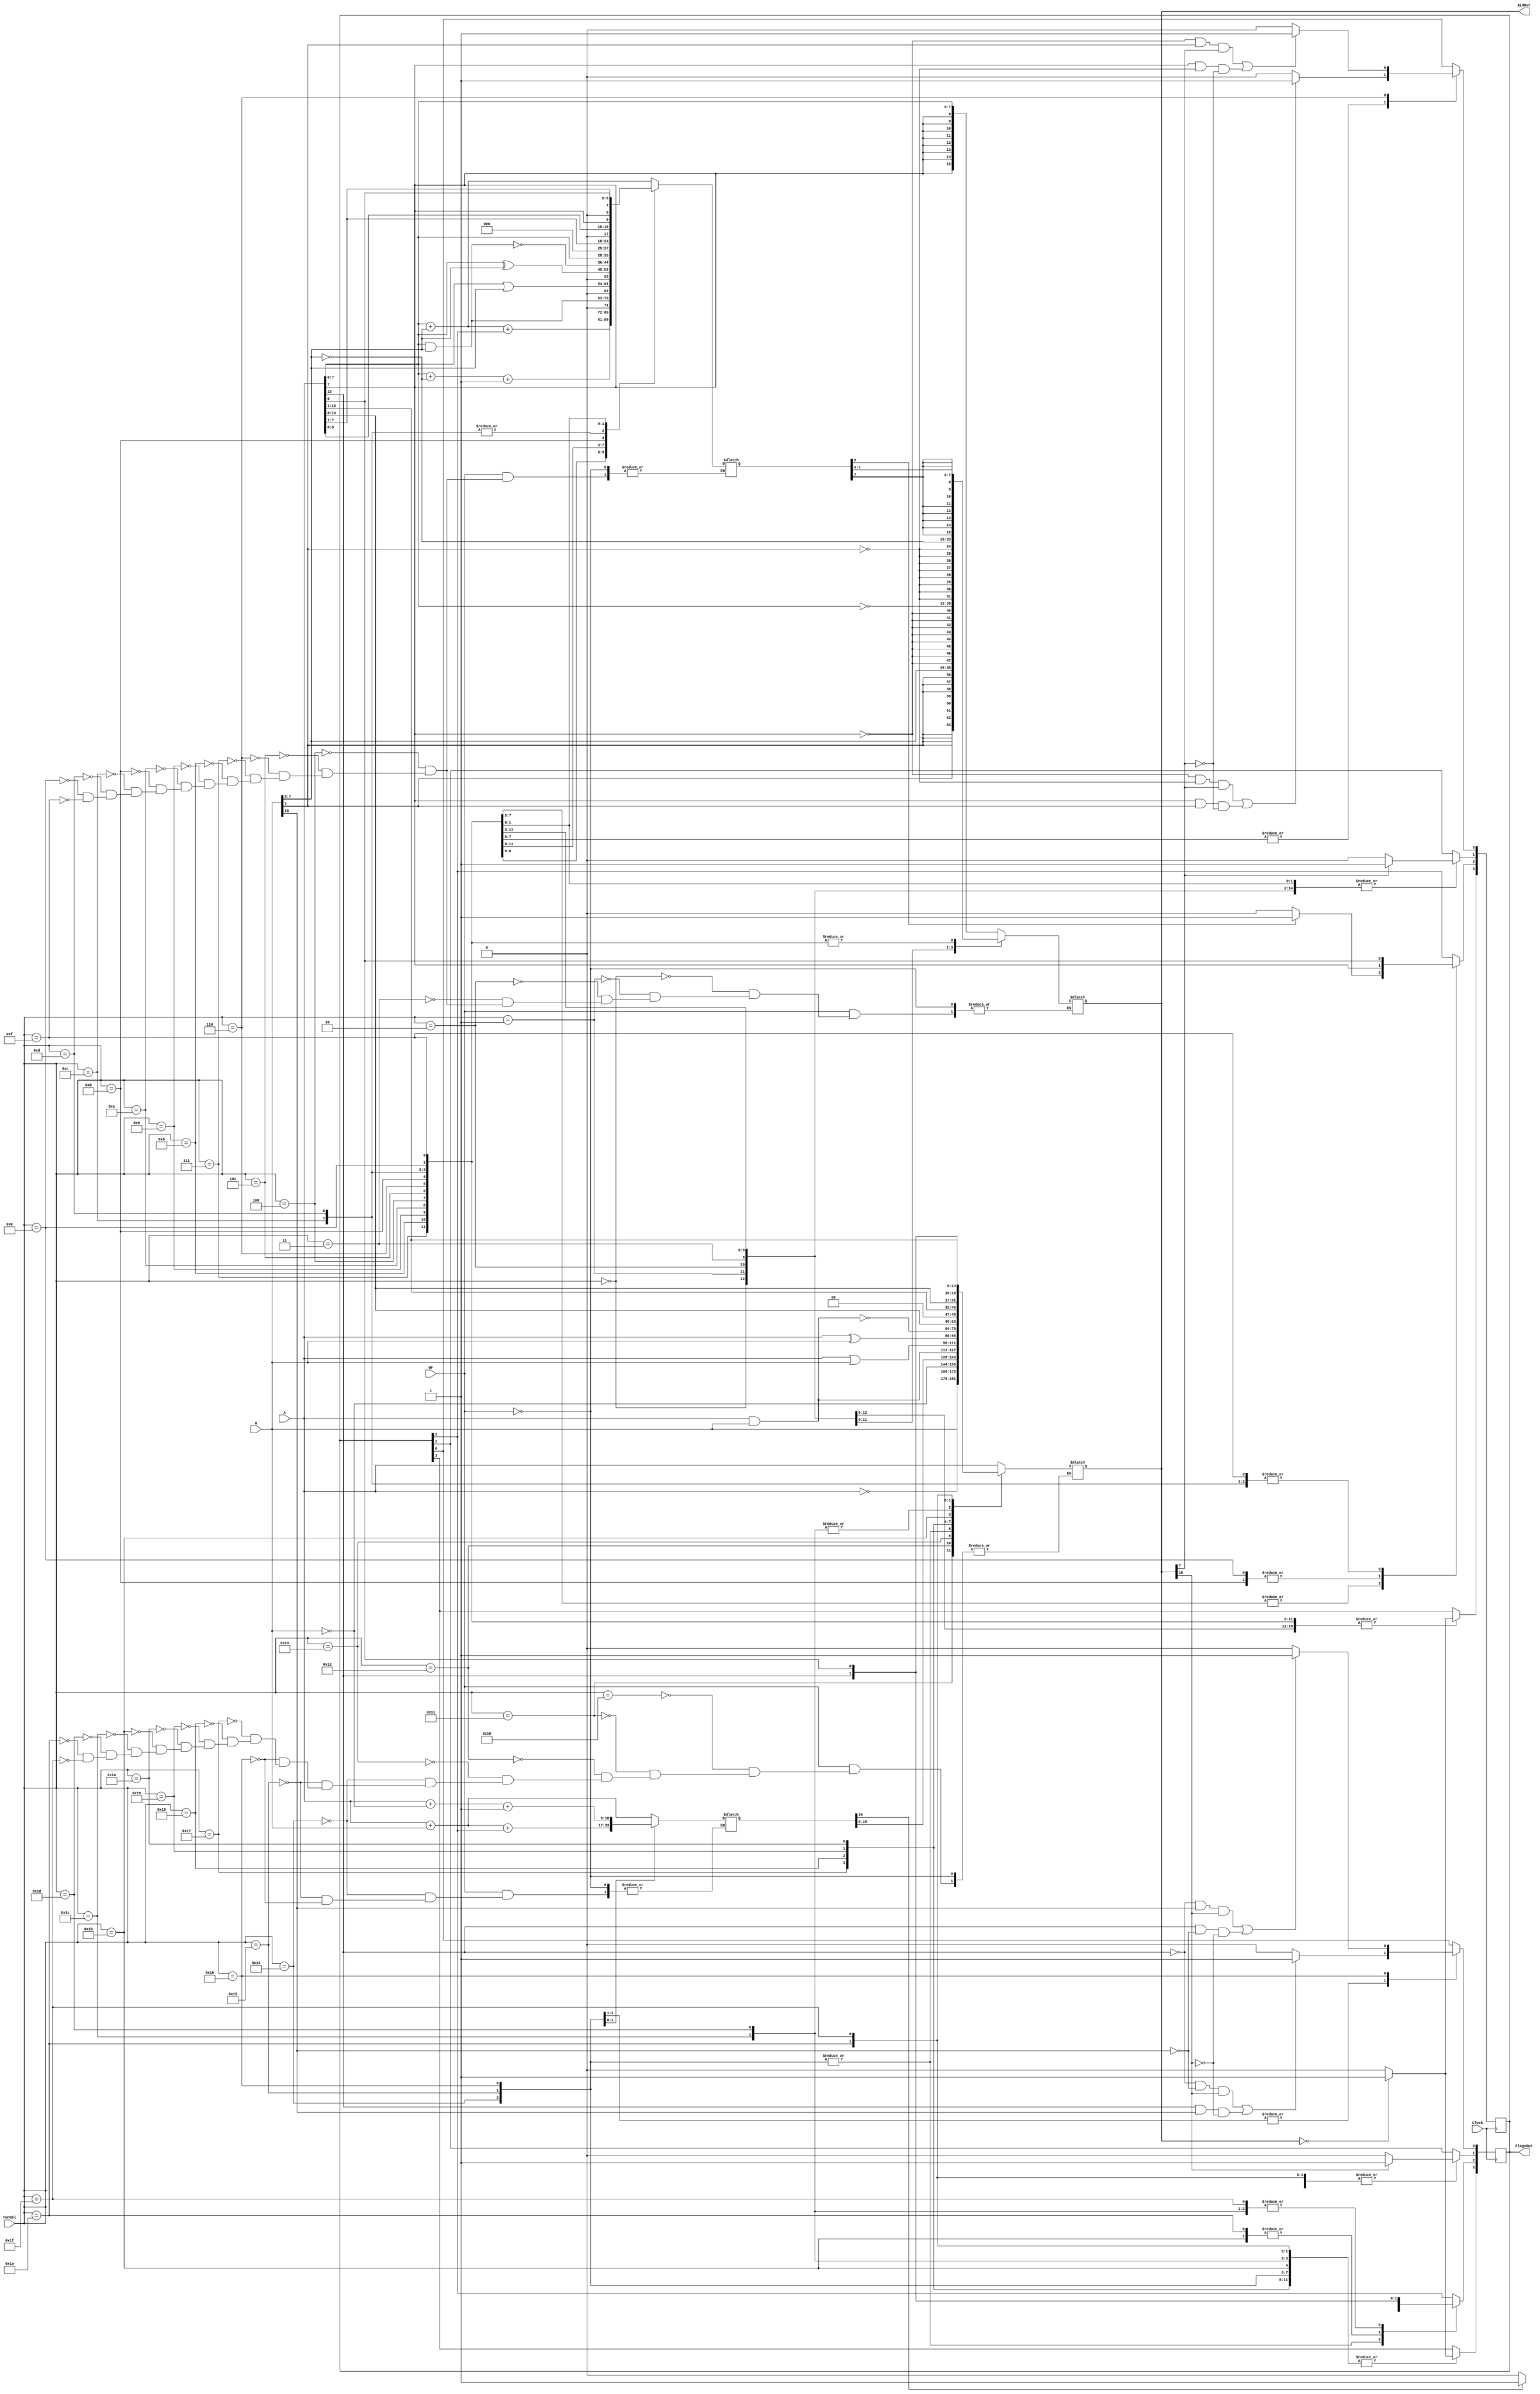
`timescale 1ns / 1ps
//////////////////////////////////////////////////////////////////////////////////
// Company: 
// Engineer: 
// 
// Design Name: 
// Module Name: ALU
// Project Name: 
// Target Devices: 
// Tool Versions: 
// Description: 
// 
// Dependencies: 
// 
// Revision:
// Revision 0.01 - File Created
// Additional Comments:
// 
//////////////////////////////////////////////////////////////////////////////////


module ArithmeticLogicUnit(
 input Clock,
 input [15:0] A,
 input [15:0] B,
 input [4:0] FunSel,
 input WF,
 output reg [3:0] FlagsOut,
 output reg [15:0] ALUOut
);

// 16 BT ALU WIRE DESIGN 

reg [16:0] TEMP;

wire [16:0] A_TEMP;
assign A_TEMP = {1'b0, A};

wire [16:0] B_TEMP;
assign B_TEMP = {1'b0, B};

wire [16:0] NOTB_TEMP;
assign NOTB_TEMP = {1'b0, ~B};

// 8 BT ALU WIRE DESIGN
wire [7:0] A8;
wire [7:0] B8;

assign A8 = A[7:0];
assign B8 = B[7:0];

reg [8:0] TEMP8;

wire [8:0] A_TEMP8;
assign A_TEMP8 = {1'b0, A8};

wire [8:0] B_TEMP8;
assign B_TEMP8 = {1'b0, B8};

wire [8:0] NOTB_TEMP8;
assign NOTB_TEMP8 = {1'b0, ~B8};


always @(*) begin
    if(WF) begin
    case (FunSel)
    // 8 bit ALUOut
        5'b00000: ALUOut <= {{8{A8[7]}}, A8[7:0]};
        5'b00001: ALUOut <= {{8{B8[7]}}, B8[7:0]};
        5'b00010: ALUOut <= {{8{~A8[7]}}, ~A8[7:0]};
        5'b00011: ALUOut <= {{8{~B8[7]}}, ~B8[7:0]};
        5'b00100: begin
         TEMP8 <= A_TEMP8 + B_TEMP8;
         ALUOut <= {{8{TEMP8[7]}}, TEMP8[7:0]};
         end
         
        5'b00101: begin
        TEMP8 <= A_TEMP8 + B_TEMP8 + FlagsOut[2];
        ALUOut <= {{8{TEMP8[7]}}, TEMP8[7:0]};
        end
        
        5'b00110: begin
         TEMP8 <= A_TEMP8 + NOTB_TEMP8 + 1;
         ALUOut <= {{8{TEMP8[7]}}, TEMP8[7:0]};
         end
        
        5'b00111: begin
            TEMP8 <= A8 & B8;
            ALUOut <= {{8{TEMP8[7]}}, TEMP8[7:0]};
        end

        5'b01000: begin
            TEMP8 <= A8 | B8;
            ALUOut <= {{8{TEMP8[7]}}, TEMP8[7:0]};
        end

        5'b01001:begin
            TEMP8 <= A8 ^ B8;
            ALUOut <= {{8{TEMP8[7]}}, TEMP8[7:0]};
        end
        5'b01010: begin
            TEMP8 <= ~(A8 & B8);
            ALUOut <= {{8{TEMP8[7]}}, TEMP8[7:0]};
        end
        
        5'b01011:begin
             TEMP8 <= A8 << 1; //LSLA
                ALUOut <= {{8{TEMP8[7]}}, TEMP8[7:0]};
        end

        5'b01100:begin
             TEMP8 <= A8 >> 1; //LSRA
                ALUOut <= {{8{TEMP8[7]}}, TEMP8[7:0]};
        end

        5'b01101:begin 
            TEMP8 <= A8 >>> 1; //ASRA
            ALUOut <= {{8{TEMP8[7]}}, TEMP8[7:0]};
        end

        5'b01110: begin //CSLA
            TEMP8 <= {A[6:0], A[7]};
            ALUOut <= {{8{TEMP8[7]}}, TEMP8[7:0]};
        end
        
        5'b01111: begin  //CSRA
            TEMP8 <= {A[0], A[7:1]};
            ALUOut <= {{8{TEMP8[7]}}, TEMP8[7:0]};
        end  
    endcase
end
end

always @(posedge Clock) begin
    case (FunSel)
    
    5'b00000: begin // Z,N
        if(ALUOut == 15'b0) FlagsOut[3] <= 1'b1;
        else FlagsOut[3] <= 1'b0;
        
        if(ALUOut[7] == 1) FlagsOut[1] <= 1'b1;
        else FlagsOut[1] <= 1'b0;
 
    end
    
    5'b00001: begin  // Z,N
        if(ALUOut == 15'b0) FlagsOut[3] <= 1'b1;
        else FlagsOut[3] <= 1'b0;
            
        if(ALUOut[7] == 1) FlagsOut[1] <= 1'b1;
        else FlagsOut[1] <= 1'b0;
        
      end
        
    5'b00010: begin  // Z,N
        if(ALUOut == 15'b0) FlagsOut[3] <= 1'b1;
        else FlagsOut[3] <= 1'b0;
              
        if(ALUOut[7] == 1) FlagsOut[1] <= 1'b1;
        else FlagsOut[1] <= 1'b0;
       
        end
               
    5'b00011: begin  // Z,N 
        if(ALUOut == 15'b0) FlagsOut[3] <= 1'b1;
        else FlagsOut[3] <= 1'b0;
                
        if(ALUOut[7] == 1) FlagsOut[1] <= 1'b1;
        else FlagsOut[1] <= 1'b0;
        
        end
          
    5'b00100: begin // Z,N,C,O
        if(ALUOut == 15'b0) FlagsOut[3] <= 1'b1;
        else FlagsOut[3] <= 1'b0;
                
        if(ALUOut[7] == 1) FlagsOut[1] <= 1'b1;
        else FlagsOut[1] <= 1'b0;
                
        if(TEMP8[8]==1) FlagsOut[2]<=1'b1;
        else FlagsOut[2]<=1'b0;
        
        if((A8[7]==0 && B8[7]==0 && ALUOut[7]==1) || (A8[7]==1 && B8[7]==1 && ALUOut[7]==0)) FlagsOut[0]<=1'b1 ;
        else FlagsOut[0]<=1'b0;
        
        end
            
    5'b00101: begin // Z,N,C,O
        if(ALUOut == 15'b0) FlagsOut[3] <= 1'b1;
        else FlagsOut[3] <= 1'b0;
                
        if(ALUOut[7] == 1) FlagsOut[1] <= 1'b1;
        else FlagsOut[1] <= 1'b0;
                
        if(TEMP8[8]==1) FlagsOut[2]<=1'b1;
        else FlagsOut[2]<=1'b0;
        
        if((A8[7]==0 && B8[7]==0 && ALUOut[7]==1) || (A8[7]==1 && B8[7]==1 && ALUOut[7]==0)) FlagsOut[0]<=1'b1 ;
        else FlagsOut[0]<=1'b0;
        
        end
              
              
    5'b00110: begin // Z,N,C,O 
        if(ALUOut == 15'b0) FlagsOut[3] <= 1'b1;
        else FlagsOut[3] <= 1'b0;
                
        if(ALUOut[7] == 1) FlagsOut[1] <= 1'b1;
        else FlagsOut[1] <= 1'b0;
                
        if(TEMP8[8]==1) FlagsOut[2]<=1'b1;
        else FlagsOut[2]<=1'b0;
        
        if((A8[7]==0 && B8[7]==1 && ALUOut[7]==1) || (A8[7]==1 && B8[7]==0 && ALUOut[7]==0)) FlagsOut[0]<=1'b1 ;
        else FlagsOut[0]<=1'b0;
        
        end
                
    5'b00111: begin // Z,N 
        if(ALUOut == 15'b0) FlagsOut[3] <= 1'b1;
        else FlagsOut[3] <= 1'b0;
                
        if(ALUOut[7] == 1) FlagsOut[1] <= 1'b1;
        else FlagsOut[1] <= 1'b0;
        
        end
    5'b01000: begin // Z,N
        if(ALUOut == 15'b0) FlagsOut[3] <= 1'b1;
        else FlagsOut[3] <= 1'b0;
                       
        if(ALUOut[7] == 1) FlagsOut[1] <= 1'b1;
        else FlagsOut[1] <= 1'b0;
        
        end
               
    5'b01001: begin // Z,N
        if(ALUOut == 15'b0) FlagsOut[3] <= 1'b1;
        else FlagsOut[3] <= 1'b0;
                       
        if(ALUOut[7] == 1) FlagsOut[1] <= 1'b1;
        else FlagsOut[1] <= 1'b0;
        
        end    
        
    5'b01010: begin // Z,N
        if(ALUOut == 15'b0) FlagsOut[3] <= 1'b1;
        else FlagsOut[3] <= 1'b0;
                       
        if(ALUOut[7] == 1) FlagsOut[1] <= 1'b1;
        else FlagsOut[1] <= 1'b0;
        
        end 
    
    5'b01011: begin // Z,C,N
    
        if(ALUOut == 15'b0) FlagsOut[3] <= 1'b1;
        else FlagsOut[3] <= 1'b0;
                       
        if(ALUOut[7] == 1) FlagsOut[1] <= 1'b1;
        else FlagsOut[1] <= 1'b0;
        
        FlagsOut[2] <= A8[7];
    
    end
    
    5'b01100: begin // Z,C,N
        if(ALUOut == 15'b0) FlagsOut[3] <= 1'b1;
        else FlagsOut[3] <= 1'b0;
                          
        if(ALUOut[7] == 1) FlagsOut[1] <= 1'b1;
        else FlagsOut[1] <= 1'b0;
           
        FlagsOut[2] <= A8[0];

       
      end
      
    5'b01101: begin //Z,C
         if(ALUOut == 15'b0) FlagsOut[3] <= 1'b1;
         else FlagsOut[3] <= 1'b0;
         
        FlagsOut[2] <= A8[0];

         
         end
    
    5'b01110: begin // Z,C,N
        if(ALUOut == 15'b0) FlagsOut[3] <= 1'b1;
        else FlagsOut[3] <= 1'b0;
                          
        if(ALUOut[7] == 1) FlagsOut[1] <= 1'b1;
        else FlagsOut[1] <= 1'b0;
           
        FlagsOut[2]<=A8[7];
       
      end
    
    5'b01111: begin  // Z,C,N
        if(ALUOut == 15'b0) FlagsOut[3] <= 1'b1;
        else FlagsOut[3] <= 1'b0;
                          
        if(ALUOut[7] == 1) FlagsOut[1] <= 1'b1;
        else FlagsOut[1] <= 1'b0;
           
        FlagsOut[2]<=A8[0];
       
      end
endcase
end




always @(*) begin
    if(WF) begin
    case (FunSel)
    // 16 bit ALUOut
        5'b10000: ALUOut <= A;
        5'b10001: ALUOut <= B;
        5'b10010: ALUOut <= ~A;
        5'b10011: ALUOut <= ~B;
        5'b10100: begin
         TEMP <= A_TEMP + B_TEMP;
         ALUOut <= TEMP [15:0];
         end
         
        5'b10101: begin
        TEMP <= A_TEMP + B_TEMP + FlagsOut[2];
        ALUOut <= TEMP [15:0];
        end
        
        5'b10110: begin
         TEMP <= A_TEMP + NOTB_TEMP + 1;
         ALUOut <= TEMP [15:0];
         end
        
        5'b10111: ALUOut <= A & B;
        5'b11000: ALUOut <= A | B;
        5'b11001: ALUOut <= A ^ B;
        5'b11010: ALUOut <= ~(A & B);
        
        5'b11011: ALUOut <= A << 1; //LSLA
        5'b11100: ALUOut <= A >> 1; //LSRA
        5'b11101: ALUOut <= A >>> 1; //ASRA
        
        5'b11110: begin //CSLA
            ALUOut <= {A[14:0], A[15]};
        end
        
        5'b11111: begin  //CSRA
            ALUOut <= {A[0], A[15:1]};
        end  
    endcase
end
end

always @(posedge Clock) begin
    case (FunSel)
    
    5'b10000: begin // Z,N
        if(ALUOut == 15'b0) FlagsOut[3] <= 1'b1;
        else FlagsOut[3] <= 1'b0;
        
        if(ALUOut[15] == 1) FlagsOut[1] <= 1'b1;
        else FlagsOut[1] <= 1'b0;
 
    end
    
    5'b10001: begin  // Z,N
        if(ALUOut == 15'b0) FlagsOut[3] <= 1'b1;
        else FlagsOut[3] <= 1'b0;
            
        if(ALUOut[15] == 1) FlagsOut[1] <= 1'b1;
        else FlagsOut[1] <= 1'b0;
        
      end
        
    5'b10010: begin  // Z,N
        if(ALUOut == 15'b0) FlagsOut[3] <= 1'b1;
        else FlagsOut[3] <= 1'b0;
              
        if(ALUOut[15] == 1) FlagsOut[1] <= 1'b1;
        else FlagsOut[1] <= 1'b0;
       
        end
               
    5'b10011: begin  // Z,N 
        if(ALUOut == 15'b0) FlagsOut[3] <= 1'b1;
        else FlagsOut[3] <= 1'b0;
                
        if(ALUOut[15] == 1) FlagsOut[1] <= 1'b1;
        else FlagsOut[1] <= 1'b0;
        
        end
          
    5'b10100: begin // Z,N,C,O
        if(ALUOut == 15'b0) FlagsOut[3] <= 1'b1;
        else FlagsOut[3] <= 1'b0;
                
        if(ALUOut[15] == 1) FlagsOut[1] <= 1'b1;
        else FlagsOut[1] <= 1'b0;
                
        if(TEMP[16]==1) FlagsOut[2]<=1'b1;
        else FlagsOut[2]<=1'b0;
        
        if((A[15]==0 && B[15]==0 && ALUOut[15]==1) || (A[15]==1 && B[15]==1 && ALUOut[15]==0)) FlagsOut[0]<=1'b1 ;
        else FlagsOut[0]<=1'b0;
        
        end
            
    5'b10101: begin // Z,N,C,O
        if(ALUOut == 15'b0) FlagsOut[3] <= 1'b1;
        else FlagsOut[3] <= 1'b0;
                
        if(ALUOut[15] == 1) FlagsOut[1] <= 1'b1;
        else FlagsOut[1] <= 1'b0;
                
        if(TEMP[16]==1) FlagsOut[2]<=1'b1;
        else FlagsOut[2]<=1'b0;
        
        if((A[15]==0 && B[15]==0 && ALUOut[15]==1) || (A[15]==1 && B[15]==1 && ALUOut[15]==0)) FlagsOut[0]<=1'b1 ;
        else FlagsOut[0]<=1'b0;
        
        end
              
              
    5'b10110: begin // Z,N,C,O 
        if(ALUOut == 15'b0) FlagsOut[3] <= 1'b1;
        else FlagsOut[3] <= 1'b0;
                
        if(ALUOut[15] == 1) FlagsOut[1] <= 1'b1;
        else FlagsOut[1] <= 1'b0;
                
        if(TEMP[16]==1) FlagsOut[2]<=1'b1;
        else FlagsOut[2]<=1'b0;
        
        if((A[15]==0 && B[15]==1 && ALUOut[15]==1) || (A[15]==1 && B[15]==0 && ALUOut[15]==0)) FlagsOut[0]<=1'b1 ;
        else FlagsOut[0]<=1'b0;
        
        end
                
    5'b10111: begin // Z,N 
        if(ALUOut == 15'b0) FlagsOut[3] <= 1'b1;
        else FlagsOut[3] <= 1'b0;
                
        if(ALUOut[15] == 1) FlagsOut[1] <= 1'b1;
        else FlagsOut[1] <= 1'b0;
        
        end
    5'b11000: begin // Z,N
        if(ALUOut == 15'b0) FlagsOut[3] <= 1'b1;
        else FlagsOut[3] <= 1'b0;
                       
        if(ALUOut[15] == 1) FlagsOut[1] <= 1'b1;
        else FlagsOut[1] <= 1'b0;
        
        end
               
    5'b11001: begin // Z,N
        if(ALUOut == 15'b0) FlagsOut[3] <= 1'b1;
        else FlagsOut[3] <= 1'b0;
                       
        if(ALUOut[15] == 1) FlagsOut[1] <= 1'b1;
        else FlagsOut[1] <= 1'b0;
        
        end    
        
    5'b11010: begin // Z,N
        if(ALUOut == 15'b0) FlagsOut[3] <= 1'b1;
        else FlagsOut[3] <= 1'b0;
                       
        if(ALUOut[15] == 1) FlagsOut[1] <= 1'b1;
        else FlagsOut[1] <= 1'b0;
        
        end 
    
    5'b11011: begin // Z,C,N
    
        if(ALUOut == 15'b0) FlagsOut[3] <= 1'b1;
        else FlagsOut[3] <= 1'b0;
                       
        if(ALUOut[15] == 1) FlagsOut[1] <= 1'b1;
        else FlagsOut[1] <= 1'b0;
        
        FlagsOut[2] <= A[15];
    
    end
    
    5'b11100: begin // Z,C,N
        if(ALUOut == 15'b0) FlagsOut[3] <= 1'b1;
        else FlagsOut[3] <= 1'b0;
                          
        if(ALUOut[15] == 1) FlagsOut[1] <= 1'b1;
        else FlagsOut[1] <= 1'b0;
           
        FlagsOut[2] <= A[0];

       
      end
      
    5'b11101: begin //Z,C
         if(ALUOut == 15'b0) FlagsOut[3] <= 1'b1;
         else FlagsOut[3] <= 1'b0;
         
        FlagsOut[2] <= A[0];

         
         end
    
    5'b11110: begin // Z,C,N
        if(ALUOut == 15'b0) FlagsOut[3] <= 1'b1;
        else FlagsOut[3] <= 1'b0;
                          
        if(ALUOut[15] == 1) FlagsOut[1] <= 1'b1;
        else FlagsOut[1] <= 1'b0;
           
        FlagsOut[2]<=A[15];
       
      end
    
    5'b11111: begin  // Z,C,N
        if(ALUOut == 15'b0) FlagsOut[3] <= 1'b1;
        else FlagsOut[3] <= 1'b0;
                          
        if(ALUOut[15] == 1) FlagsOut[1] <= 1'b1;
        else FlagsOut[1] <= 1'b0;
           
        FlagsOut[2]<=A[0];
       
      end
endcase
end


endmodule